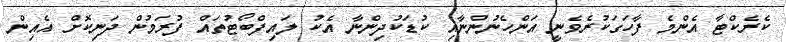
ކެރެކްޓާ އެންމެ ފާހަގަކުރެވެނީ އަންހެނުންނާއި ކުޑަކުދިންނާ އެކު ލައިފްބޯޓުތައް ފުރަމުން ދަނިކޮށް އެއިން